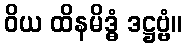
ဝိယ ထိနမိဒ္ဓံ ဒဋ္ဌဗ္ဗံ။